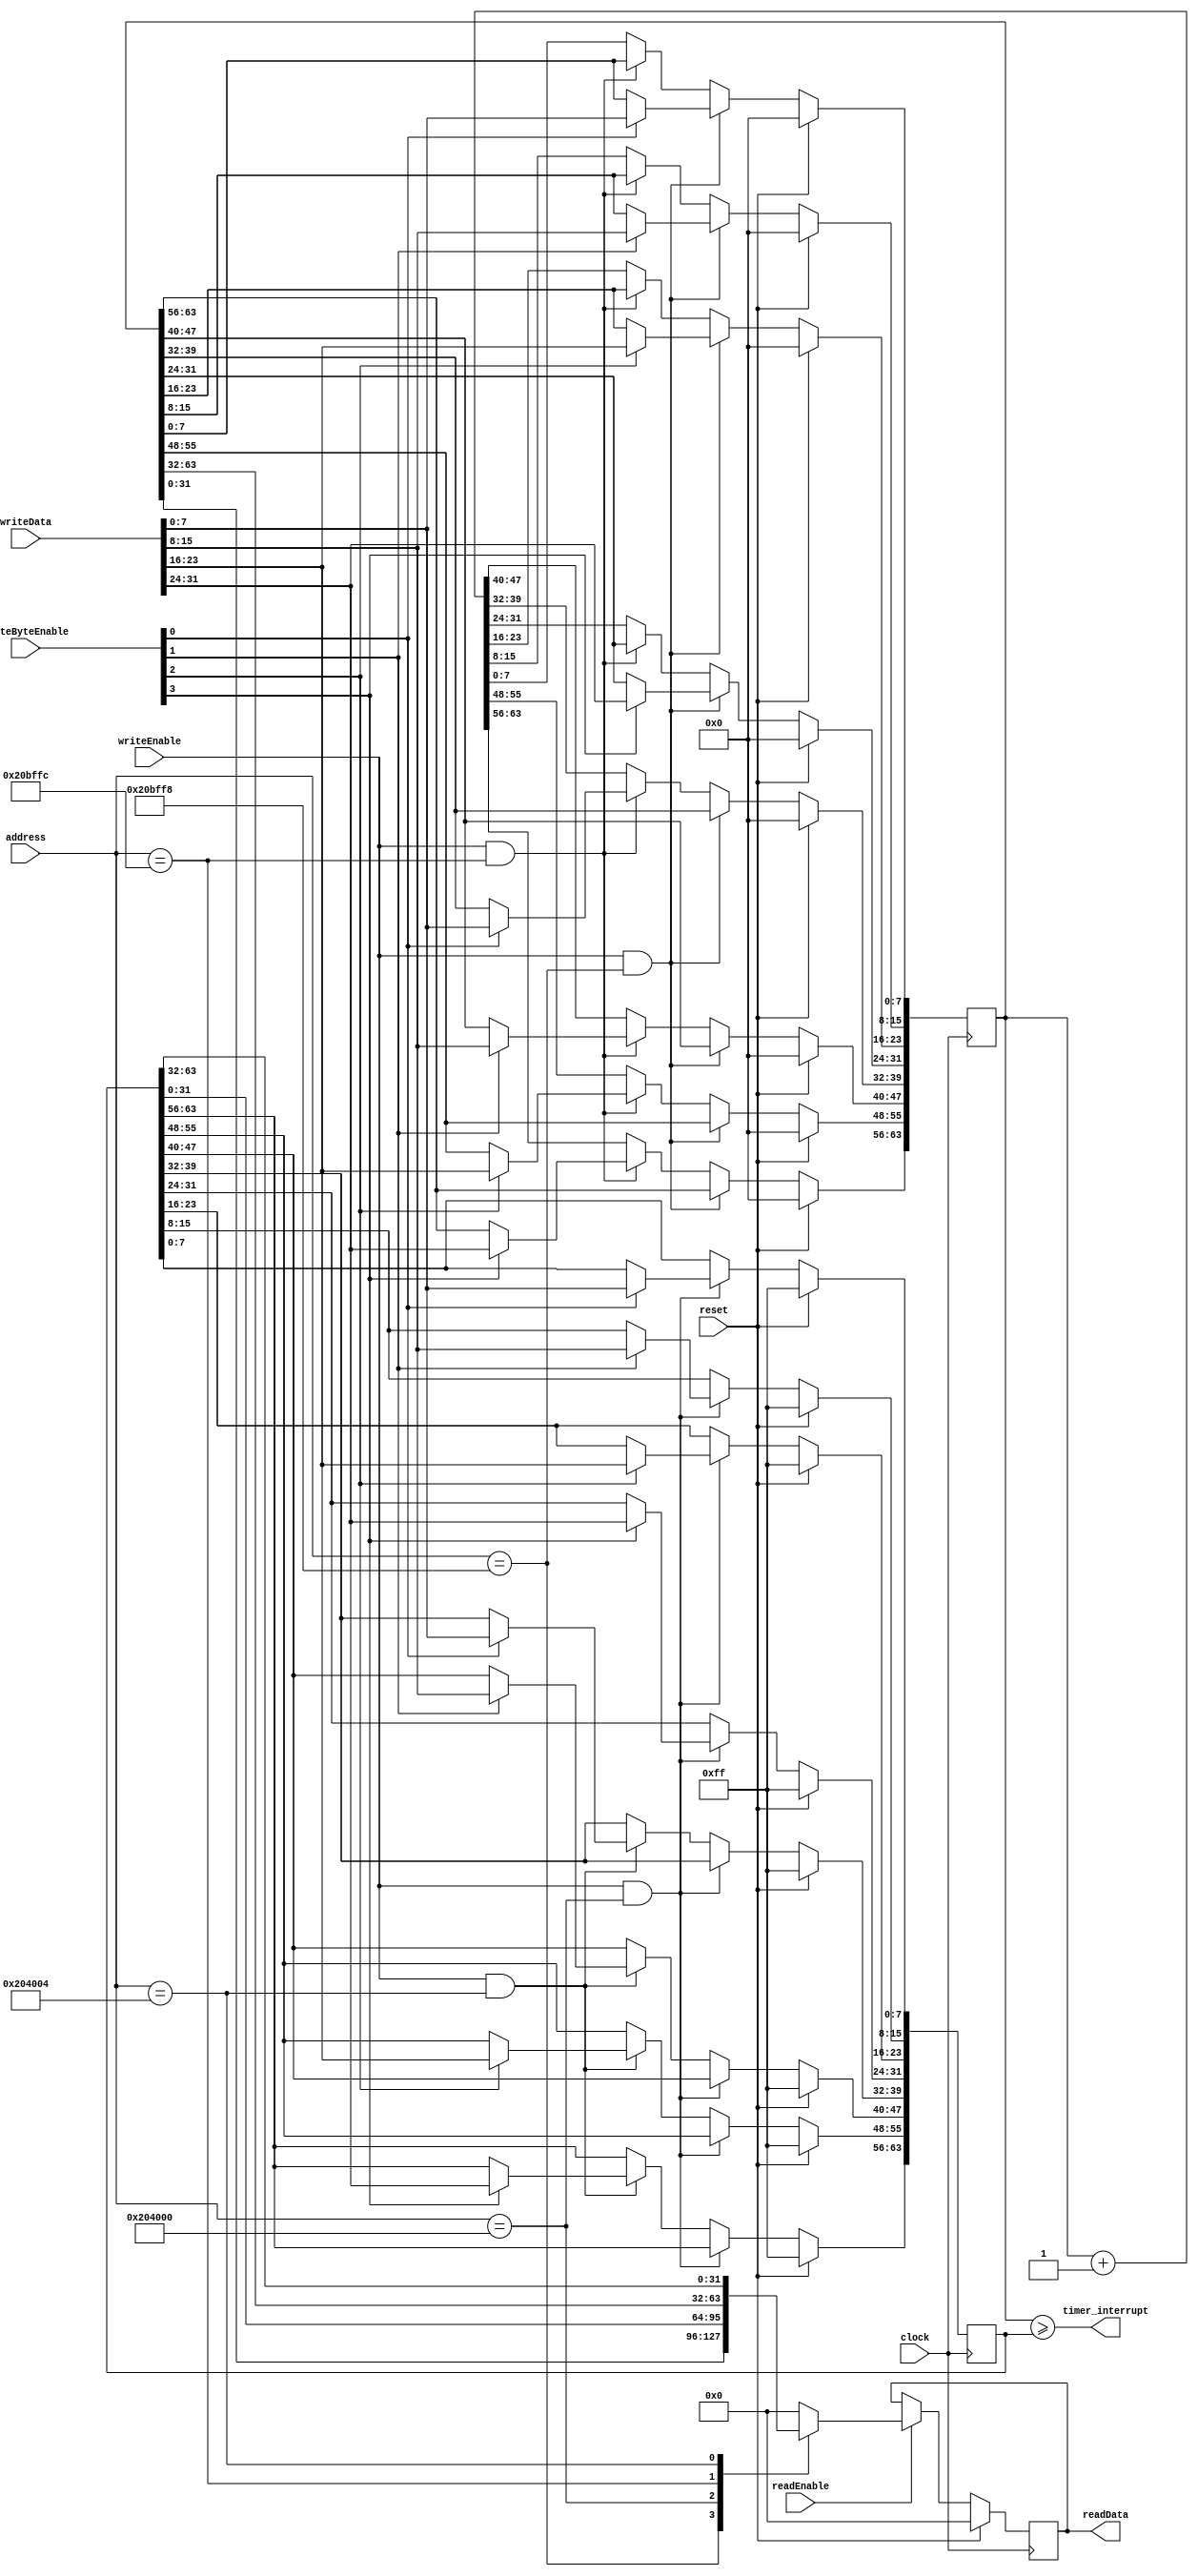
/*  @module : timer
 *  @author : Secure, Trusted, and Assured Microelectronics (STAM) Center

 *  Copyright (c) 2022 Trireme (STAM/SCAI/ASU)
 *  Permission is hereby granted, free of charge, to any person obtaining a copy
 *  of this software and associated documentation files (the "Software"), to deal
 *  in the Software without restriction, including without limitation the rights
 *  to use, copy, modify, merge, publish, distribute, sublicense, and/or sell
 *  copies of the Software, and to permit persons to whom the Software is
 *  furnished to do so, subject to the following conditions:
 *  The above copyright notice and this permission notice shall be included in
 *  all copies or substantial portions of the Software.

 *  THE SOFTWARE IS PROVIDED "AS IS", WITHOUT WARRANTY OF ANY KIND, EXPRESS OR
 *  IMPLIED, INCLUDING BUT NOT LIMITED TO THE WARRANTIES OF MERCHANTABILITY,
 *  FITNESS FOR A PARTICULAR PURPOSE AND NONINFRINGEMENT. IN NO EVENT SHALL THE
 *  AUTHORS OR COPYRIGHT HOLDERS BE LIABLE FOR ANY CLAIM, DAMAGES OR OTHER
 *  LIABILITY, WHETHER IN AN ACTION OF CONTRACT, TORT OR OTHERWISE, ARISING FROM,
 *  OUT OF OR IN CONNECTION WITH THE SOFTWARE OR THE USE OR OTHER DEALINGS IN
 *  THE SOFTWARE.
 */
module timer #(
  parameter DATA_WIDTH   = 32,
  parameter ADDRESS_BITS = 32,
  parameter MTIME_ADDR      = 32'h0020bff8,
  parameter MTIME_ADDR_H    = 32'h0020bffC,
  parameter MTIMECMP_ADDR   = 32'h00204000,
  parameter MTIMECMP_ADDR_H = 32'h00204004
) (
  input clock,
  input reset,

  input  readEnable,
  input  writeEnable,
  input [DATA_WIDTH/8-1:0] writeByteEnable,
  input  [ADDRESS_BITS-1:0] address,
  input  [DATA_WIDTH-1:0] writeData,
  output reg [DATA_WIDTH-1:0] readData,

  output timer_interrupt
);


reg [63:0] mtime;
reg [63:0] mtimecmp;

assign timer_interrupt = mtime >= mtimecmp;

generate
  if(DATA_WIDTH == 32) begin

    // RV32 MTIME Write Logic
    always@(posedge clock) begin
      if(reset) begin
        mtime    <= 64'd0;
      end
      else if(writeEnable && address == MTIME_ADDR) begin
        mtime[ 7: 0] <= writeByteEnable[0] ? writeData[ 7: 0] : mtime[ 7: 0];
        mtime[15: 8] <= writeByteEnable[1] ? writeData[15: 8] : mtime[15: 8];
        mtime[23:16] <= writeByteEnable[2] ? writeData[23:16] : mtime[23:16];
        mtime[31:24] <= writeByteEnable[3] ? writeData[31:24] : mtime[31:24];
      end
      else if(writeEnable && address == MTIME_ADDR_H) begin
        mtime[39:32] <= writeByteEnable[0] ? writeData[ 7: 0] : mtime[39:32];
        mtime[47:40] <= writeByteEnable[1] ? writeData[15: 8] : mtime[47:40];
        mtime[55:48] <= writeByteEnable[2] ? writeData[23:16] : mtime[55:48];
        mtime[63:56] <= writeByteEnable[3] ? writeData[31:24] : mtime[63:56];
      end
      else begin
        mtime <= mtime + 64'd1;
      end
    end

    // RV32 MTIMECMP Write Logic
    always@(posedge clock) begin
      if(reset) begin
        mtimecmp <= 64'hffffffff_ffffffff;
      end
      else if(writeEnable && address == MTIMECMP_ADDR) begin
        mtimecmp[ 7: 0] <= writeByteEnable[0] ? writeData[ 7: 0] : mtimecmp[ 7: 0];
        mtimecmp[15: 8] <= writeByteEnable[1] ? writeData[15: 8] : mtimecmp[15: 8];
        mtimecmp[23:16] <= writeByteEnable[2] ? writeData[23:16] : mtimecmp[23:16];
        mtimecmp[31:24] <= writeByteEnable[3] ? writeData[32:24] : mtimecmp[31:24];
      end
      else if(writeEnable && address == MTIMECMP_ADDR_H) begin
        mtimecmp[39:32] <= writeByteEnable[0] ? writeData[ 7: 0] : mtimecmp[39:32];
        mtimecmp[47:40] <= writeByteEnable[1] ? writeData[15: 8] : mtimecmp[47:40];
        mtimecmp[55:48] <= writeByteEnable[2] ? writeData[23:16] : mtimecmp[55:48];
        mtimecmp[63:56] <= writeByteEnable[3] ? writeData[31:24] : mtimecmp[63:56];
      end
    end

    // RV32 Read Logic
    always@(posedge clock) begin
      if(reset) begin
        readData <= {DATA_WIDTH{1'b0}};
      end
      else if(readEnable) begin
        case(address)
          MTIME_ADDR:      readData <= mtime[31:0];
          MTIMECMP_ADDR:   readData <= mtimecmp[31:0];
          MTIME_ADDR_H:    readData <= mtime[63:32];
          MTIMECMP_ADDR_H: readData <= mtimecmp[63:32];
          default:         readData <= {DATA_WIDTH{1'b0}};
        endcase
      end // else reset
    end // always

  end
  else if(DATA_WIDTH == 64) begin

    // RV64 MTIME Write Logic
    always@(posedge clock) begin
      if(reset) begin
        mtime    <= 64'd0;
      end
      else if(writeEnable && address == MTIME_ADDR) begin
        mtime[ 7: 0] <= writeByteEnable[0] ? writeData[ 7: 0] : mtime[ 7: 0];
        mtime[15: 8] <= writeByteEnable[1] ? writeData[15: 8] : mtime[15: 8];
        mtime[23:16] <= writeByteEnable[2] ? writeData[23:16] : mtime[23:16];
        mtime[31:24] <= writeByteEnable[3] ? writeData[31:24] : mtime[31:24];
        mtime[39:32] <= writeByteEnable[4] ? writeData[39:32] : mtime[39:32];
        mtime[47:40] <= writeByteEnable[5] ? writeData[47:40] : mtime[47:40];
        mtime[55:48] <= writeByteEnable[6] ? writeData[55:48] : mtime[55:48];
        mtime[63:56] <= writeByteEnable[7] ? writeData[63:56] : mtime[63:56];
      end
      else begin
        mtime <= mtime + 64'd1;
      end
    end

    // RV64 MTIMECMP Write Logic
    always@(posedge clock) begin
      if(reset) begin
        mtimecmp <= 64'hffffffff_ffffffff;
      end
      else if(writeEnable && address == MTIMECMP_ADDR) begin
        mtimecmp[ 7: 0] <= writeByteEnable[0] ? writeData[ 7: 0] : mtimecmp[ 7: 0];
        mtimecmp[15: 8] <= writeByteEnable[1] ? writeData[15: 8] : mtimecmp[15: 8];
        mtimecmp[23:16] <= writeByteEnable[2] ? writeData[23:16] : mtimecmp[23:16];
        mtimecmp[31:24] <= writeByteEnable[3] ? writeData[31:24] : mtimecmp[31:24];
        mtimecmp[39:32] <= writeByteEnable[4] ? writeData[39:32] : mtimecmp[39:32];
        mtimecmp[47:40] <= writeByteEnable[5] ? writeData[47:40] : mtimecmp[47:40];
        mtimecmp[55:48] <= writeByteEnable[6] ? writeData[55:48] : mtimecmp[55:48];
        mtimecmp[63:56] <= writeByteEnable[7] ? writeData[63:56] : mtimecmp[63:56];
      end
    end

    // RV64 Read Logic
    always@(posedge clock) begin
      if(reset) begin
        readData <= {DATA_WIDTH{1'b0}};
      end
      else if(readEnable) begin
        case(address)
          MTIME_ADDR:      readData <= mtime;
          MTIMECMP_ADDR:   readData <= mtimecmp;
          default:         readData <= {DATA_WIDTH{1'b0}};
        endcase
      end // else reset
    end // always

  end
endgenerate

endmodule